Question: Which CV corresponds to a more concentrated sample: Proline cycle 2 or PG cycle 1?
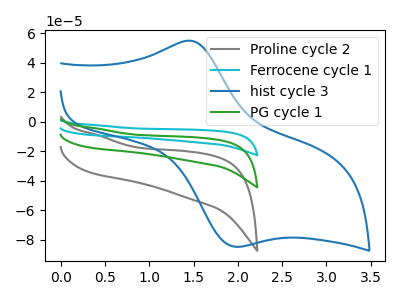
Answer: <think>The gray curve "Proline cycle 2" has no peaks. The cyan curve "Ferrocene cycle 1" has no peaks. The blue curve "hist cycle 3" has an anodic peak at (1.50V, 54.80uA) and a cathodic peak at (1.95V, -84.70uA). The green curve "PG cycle 1" has no peaks.
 Neither "Proline cycle 2" or "PG cycle 1" have any peaks.</think>
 <answer>I cant tell if "Proline cycle 2" or "PG cycle 1" has higher concentration.</answer>
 <eval>mixed_concentration</eval>